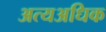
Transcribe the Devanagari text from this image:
अत्यअधिक